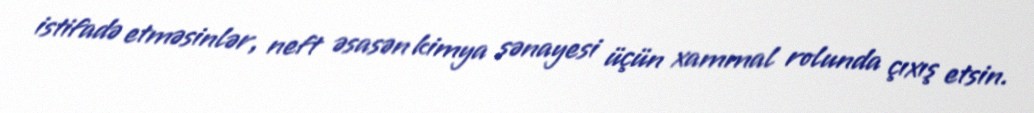
istifadə etməsinlər, neft əsasən kimya sənayesi üçün xammal rolunda çıxış etsin.